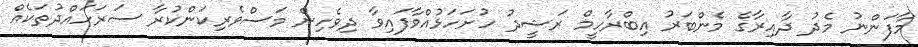
މާފަންނު މެދު ދާއިރާގެ މެންބަރު އިބްރާހީމް ރަޝީދު ހުށަހަޅުއްވާފައިވާ ދިވެހިން މަސްވެރިކަންކުރާ ސަރަހައްދުތަކެއް